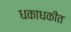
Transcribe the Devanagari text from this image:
धकाधकीत